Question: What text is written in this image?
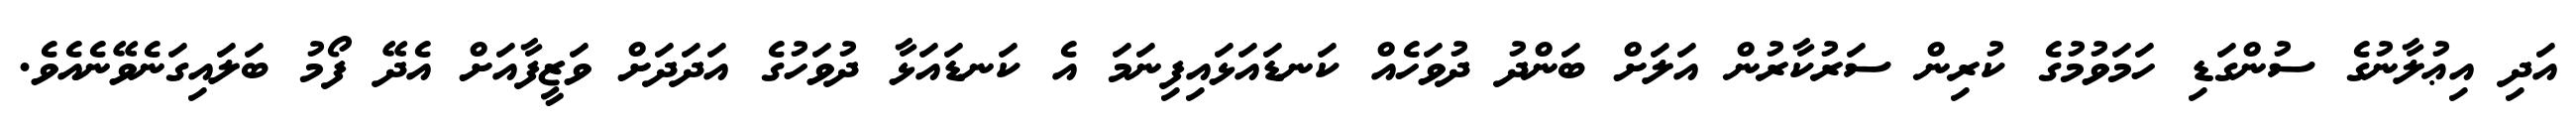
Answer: އަދި އިޢުލާނުގެ ސުންގަޑި ހަމަވުމުގެ ކުރިން ސަރުކާރުން އަލަށް ބަންދު ދުވަހެއް ކަނޑައަޅައިފިނަމަ އެ ކަނޑައަޅާ ދުވަހުގެ އަދަދަށް ވަޒީފާއަށް އެދޭ ފޯމު ބަލައިގަނެވޭނެއެވެ.